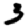
Digit: 3